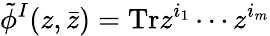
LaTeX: \tilde{\phi}^{I}(z,\bar{z})=\mathrm{Tr}z^{i_{1}}\cdots z^{i_{m}}